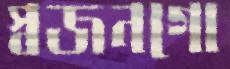
স্বজনগো